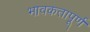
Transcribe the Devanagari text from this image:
भावकतापूर्ण